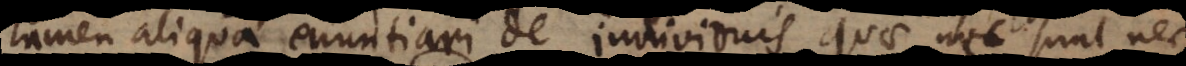
tamen aliqua enuntiari de individuis quae nec sunt nec